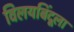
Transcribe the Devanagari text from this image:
विलयबिंदूला